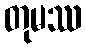
တုမဿ